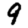
Digit: 9